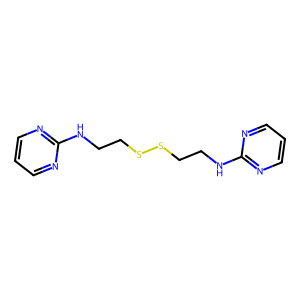
SMILES: c1cnc(NCCSSCCNc2ncccn2)nc1
Inhibits HIV replication: No